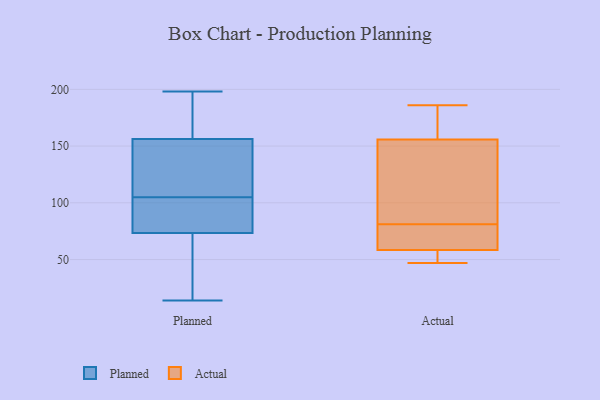
{"axis": {"x": "Active Users", "y": "Value"}, "legend": ["Actual", "Planned"], "data": [{"x": "", "y": 96, "type": "Planned"}, {"x": "", "y": 71, "type": "Planned"}, {"x": "", "y": 93, "type": "Planned"}, {"x": "", "y": 36, "type": "Planned"}, {"x": "", "y": 195, "type": "Planned"}, {"x": "", "y": 158, "type": "Planned"}, {"x": "", "y": 105, "type": "Planned"}, {"x": "", "y": 151, "type": "Planned"}, {"x": "", "y": 121, "type": "Planned"}, {"x": "", "y": 14, "type": "Planned"}, {"x": "", "y": 118, "type": "Planned"}, {"x": "", "y": 189, "type": "Planned"}, {"x": "", "y": 81, "type": "Planned"}, {"x": "", "y": 198, "type": "Planned"}, {"x": "", "y": 55, "type": "Planned"}, {"x": "", "y": 69, "type": "Actual"}, {"x": "", "y": 75, "type": "Actual"}, {"x": "", "y": 49, "type": "Actual"}, {"x": "", "y": 55, "type": "Actual"}, {"x": "", "y": 81, "type": "Actual"}, {"x": "", "y": 172, "type": "Actual"}, {"x": "", "y": 149, "type": "Actual"}, {"x": "", "y": 82, "type": "Actual"}, {"x": "", "y": 100, "type": "Actual"}, {"x": "", "y": 50, "type": "Actual"}, {"x": "", "y": 48, "type": "Actual"}, {"x": "", "y": 139, "type": "Actual"}, {"x": "", "y": 70, "type": "Actual"}, {"x": "", "y": 166, "type": "Actual"}, {"x": "", "y": 47, "type": "Actual"}, {"x": "", "y": 158, "type": "Actual"}, {"x": "", "y": 186, "type": "Actual"}, {"x": "", "y": 181, "type": "Actual"}, {"x": "", "y": 74, "type": "Actual"}]}